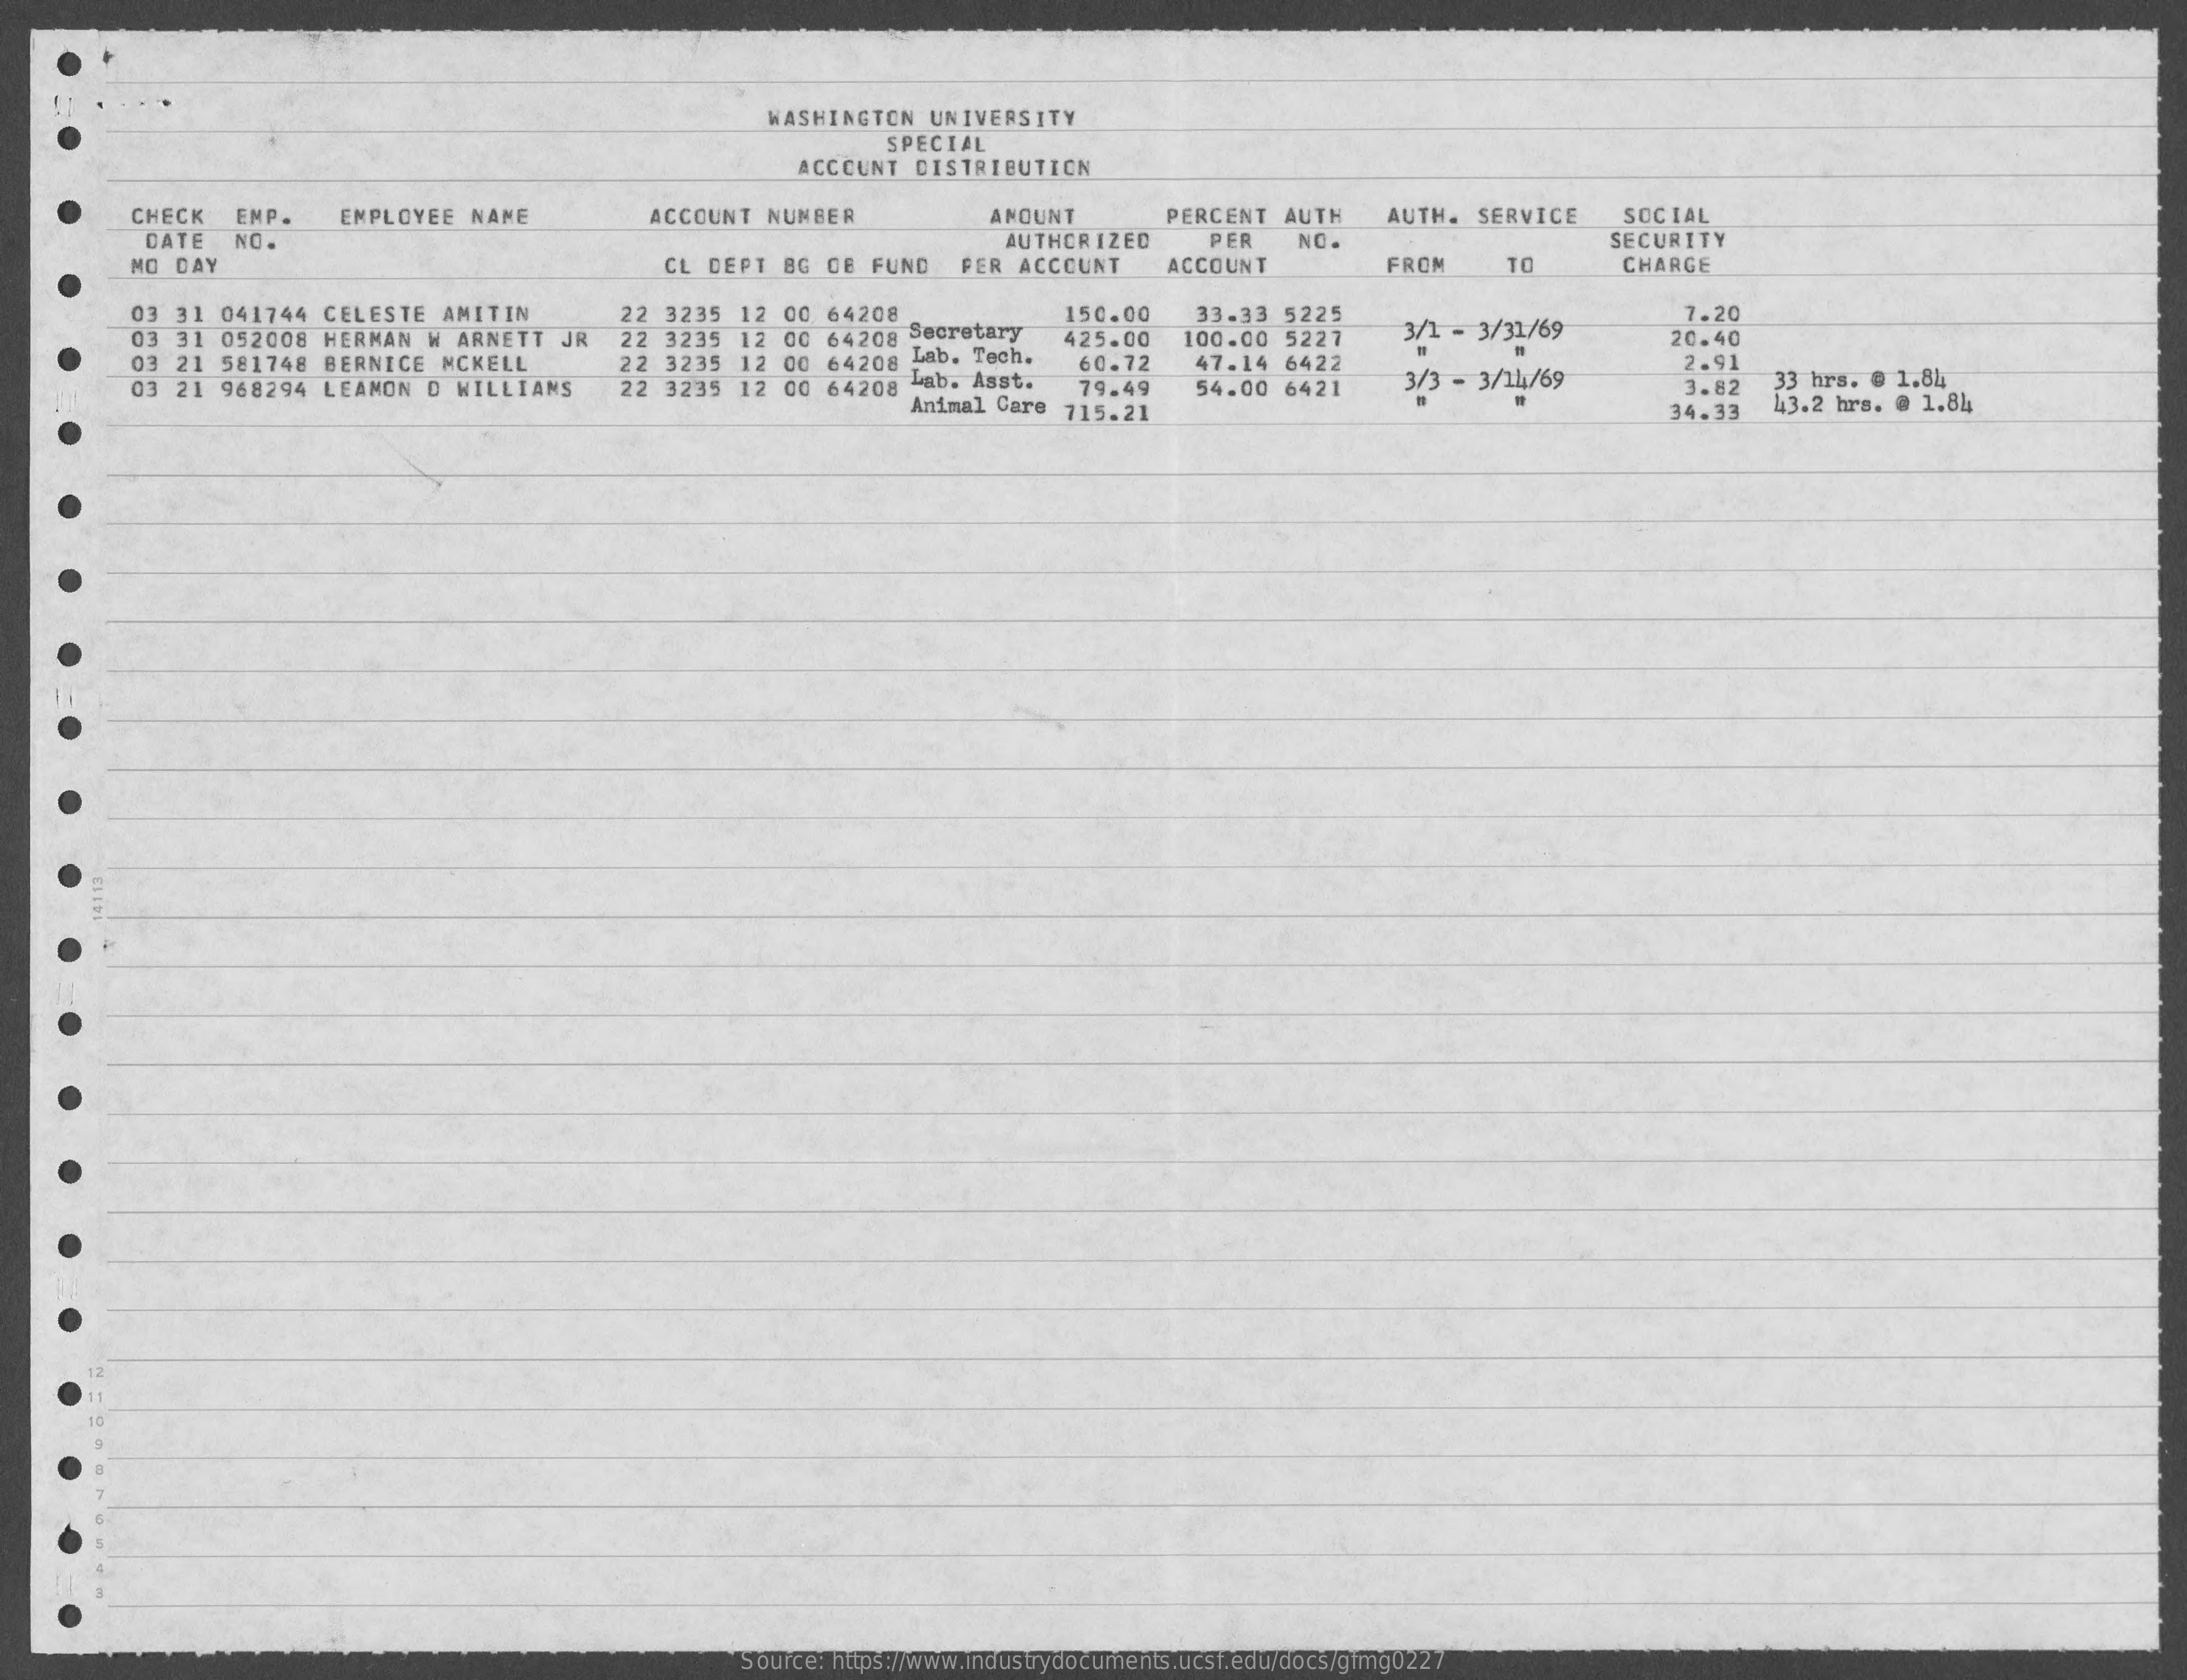
WASHINGTON UNIVERSITY
     SPECIAL
     ACCOUNT DISTRIBUTION
     CHECK EMP. EMPLOYEE NAME ACCOUNT NUMBER ANOUNT PERCENT AUTH AUTH. SERVICE SOCIAL
     DATE NO.
     CL DEPT BG CE FUND
     AUTHORIZED PER NO.    SECURITY
     MO DAY    FER ACCOUNT ACCOUNT FROM TO CHARGE
     03 31 041744 CELESTE AMITIN 22 3235 12 00 64208 150.00 33.33 5225 7.20
     03 31 052008 HERMAN W ARNETT JR    425.00 100.00 5227 3/1 - 3/31/69 20.40
     03 21 581748 BERNICE MCKELL
     22 3235 12 00 64208 Secretary
     22 3235 12 00 64208 Lab. Tech.
     Lab. Asst.
     60.72 47.14 6422
     3/3 - 3/14/69
     2.91
     03 21 968294 LEAMON D WILLIAMS 22 3235 12 00 64208 79.49 54.00 6421 3.82 33 hrs. @ 1.84
     Animal Care 715.21    34.33 43.2 hrs. @ 1.84
     Source: https://www.industrydocuments.ucsf.edu/docs/gfmg0227